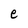
Character: e